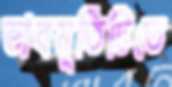
ভাবমূর্তিটিতে